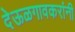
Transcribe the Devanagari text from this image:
देऊळगावकरांनी